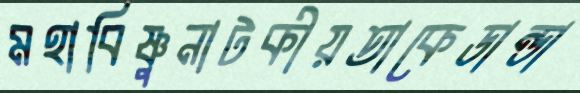
মহাবিষ্ণুনাটকীয়তাকেডান্ডা